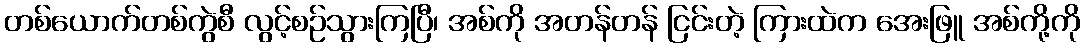
တစ်ယောက်တစ်ကွဲစီ လွင့်စဉ်သွားကြပြီ၊ အစ်ကို အတန်တန် ငြင်းတဲ့ ကြားထဲက အေးဖြူ အစ်ကို့ကို